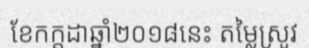
ខែកក្តដាឆ្នាំ២០១៨នេះ តម្លៃស្រូវ